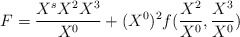
\begin{align*}F={X^sX^2X^3\over X^0} + (X^0)^2f({X^2\over X^0},{X^3\over X^0})\end{align*}